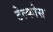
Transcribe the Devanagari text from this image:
टेल्कोस